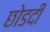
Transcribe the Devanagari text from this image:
छोडदी